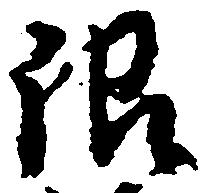
限